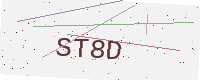
Text: ST8D